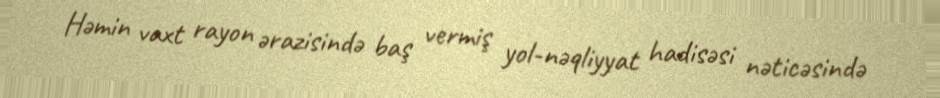
Həmin vaxt rayon ərazisində baş vermiş yol-nəqliyyat hadisəsi nəticəsində